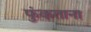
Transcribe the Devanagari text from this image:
फुंकताना